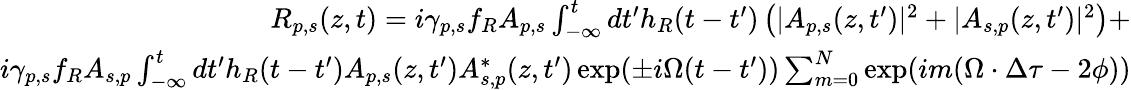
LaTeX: \begin{array}{r}{R_{p,s}(z,t)=i\gamma_{p,s}f_{R}A_{p,s}\int_{-\infty}^{t}dt^{\prime}h_{R}(t-t^{\prime})\left(|A_{p,s}(z,t^{\prime})|^{2}+|A_{s,p}(z,t^{\prime})|^{2}\right)+}\\ {i\gamma_{p,s}f_{R}A_{s,p}\int_{-\infty}^{t}dt^{\prime}h_{R}(t-t^{\prime})A_{p,s}(z,t^{\prime})A_{s,p}^{*}(z,t^{\prime})\exp(\pm i\Omega(t-t^{\prime}))\sum_{m=0}^{N}\exp(im(\Omega\cdot\Delta\tau-2\phi))}\end{array}